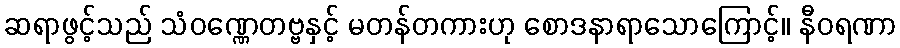
ဆရာဖွင့်သည် သံဝဏ္ဏေတဗ္ဗနှင့် မတန်တကားဟု စောဒနာရာသောကြောင့်။ နီဝရဏာ